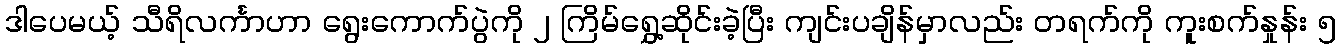
ဒါပေမယ့် သီရိလင်္ကာဟာ ရွေးကောက်ပွဲကို ၂ ကြိမ်ရွှေ့ဆိုင်းခဲ့ပြီး ကျင်းပချိန်မှာလည်း တရက်ကို ကူးစက်နှုန်း ၅